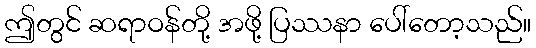
ဤတွင် ဆရာဝန်တို့ အဖို့ ပြဿနာ ပေါ်တော့သည်။